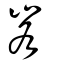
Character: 峉